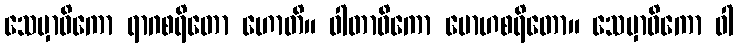
သေမှာဓိကော ရာဂစရိတော ဟောတိ။ ဝါတာဓိကော မောဟစရိတော။ သေမှာဓိကော ဝါ